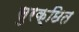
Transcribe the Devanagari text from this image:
सुरक्छित